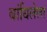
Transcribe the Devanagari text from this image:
बांधिलेला